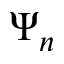
\Psi _ { n }